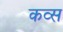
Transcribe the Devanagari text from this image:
कव्स